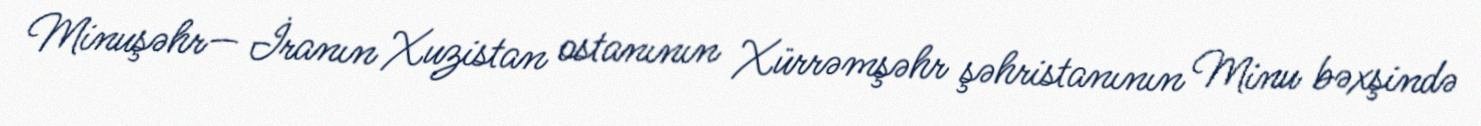
Minuşəhr— İranın Xuzistan ostanının Xürrəmşəhr şəhristanının Minu bəxşində